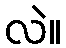
လဲ။